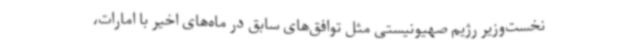
نخست‌وزیر رژیم صهیونیستی مثل توافق‌های سابق در ماه‌های اخیر با امارات،